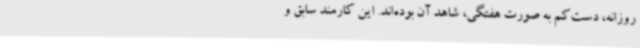
روزانه، دست‌کم به صورت هفتگی، شاهد آن بوده‌اند. این کارمند سابق و